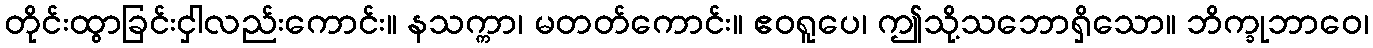
တိုင်းထွာခြင်းငှါလည်းကောင်း။ နသက္ကာ၊ မတတ်ကောင်း။ ဧဝရူပေ၊ ဤသို့သဘောရှိသော။ ဘိက္ခုဘာဝေ၊